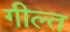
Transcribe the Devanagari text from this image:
गील्त